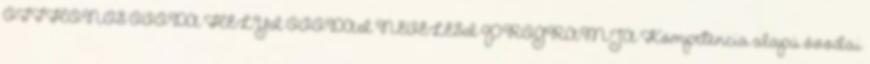
OTTHONOS ÓVODA HELYI ÓVODAI NEVELÉSI PROGRAMJA Kompetencia alapú óvodai